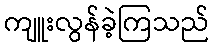
ကျူးလွန်ခဲ့ကြသည်